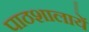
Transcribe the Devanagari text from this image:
पाठशालायें